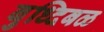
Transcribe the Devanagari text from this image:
बुध्दिबळ